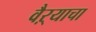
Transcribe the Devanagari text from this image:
वैऱ्याचा